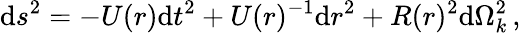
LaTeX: \mathrm{d}s^{2}=-U(r)\mathrm{d}t^{2}+U(r)^{-1}\mathrm{d}r^{2}+R(r)^{2}\mathrm{d}\Omega_{k}^{2}\, ,